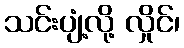
သင်းပျံ့လို့ လှိုင်၊